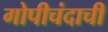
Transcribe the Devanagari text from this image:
गोपीचंदाची